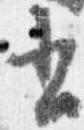
書